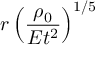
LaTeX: r \left( { \frac { \rho _ { 0 } } { E t ^ { 2 } } } \right) ^ { 1 / 5 }